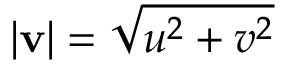
\lvert \mathbf { v } \rvert = \sqrt { u ^ { 2 } + v ^ { 2 } }